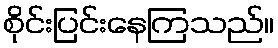
စိုင်းပြင်းနေကြသည်။